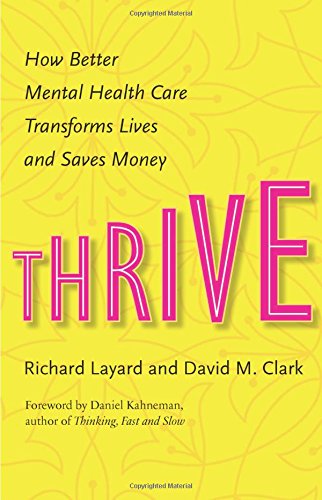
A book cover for Thrive: How Better Mental Health Care Transforms Lives and Saves Money; Richard Layard; Medical Books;